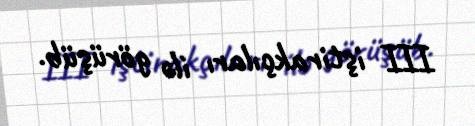
III iştirakçıları ilə görüşüb.